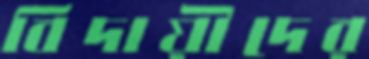
বিদায়ীদের